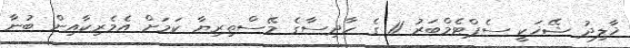
ޚާލިދު ޝޭޚަކީ ސެޕްޓެމްބަރު 11 ގެ ހާދިސާގެ މޭސްތިރިޔާ ކަމަށް އެމެރިކާއިން ބުނާ